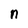
Character: n